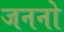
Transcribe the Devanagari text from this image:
जननो